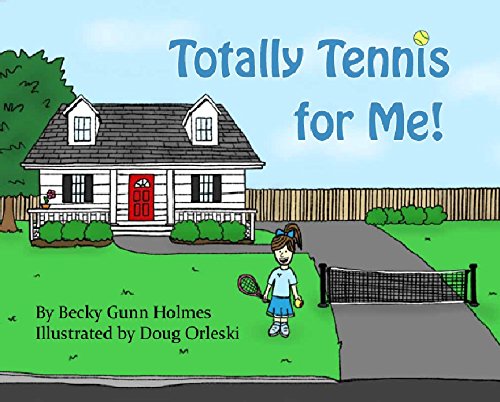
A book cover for Totally Tennis for Me; Becky Gunn Holmes; Children's Books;